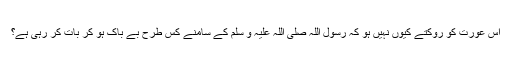
اس عورت کو روکتے کیوں نہیں ہو کہ رسول اللہ صلی اللہ علیہ و سلم کے سامنے کس طرح بے باک ہو کر بات کر رہی ہے؟